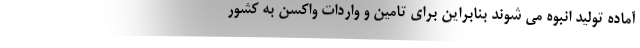
آماده تولید انبوه می شوند بنابراین برای تامین و واردات واکسن به کشور